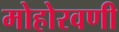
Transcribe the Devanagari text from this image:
मोहोरवणी